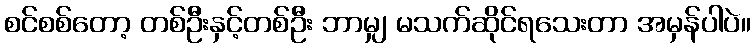
စင်စစ်တော့ တစ်ဦးနှင့်တစ်ဦး ဘာမျှ မသက်ဆိုင်ရသေးတာ အမှန်ပါပဲ။